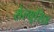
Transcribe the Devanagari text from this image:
सेल्यूसिड